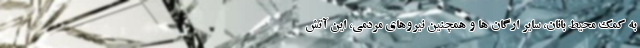
به کمک محیط بانان، سایر ارگان ها و همچنین نیروهای مردمی، این آتش‌